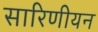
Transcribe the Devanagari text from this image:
सारिणीयन